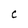
Character: C